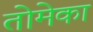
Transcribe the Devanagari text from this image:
तोमेका